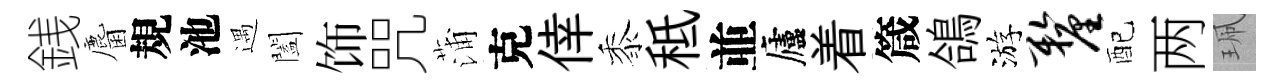
銭麕規池遇闔饰咒蒲克倖黍秪並廬着箴鴿游厘配两珮